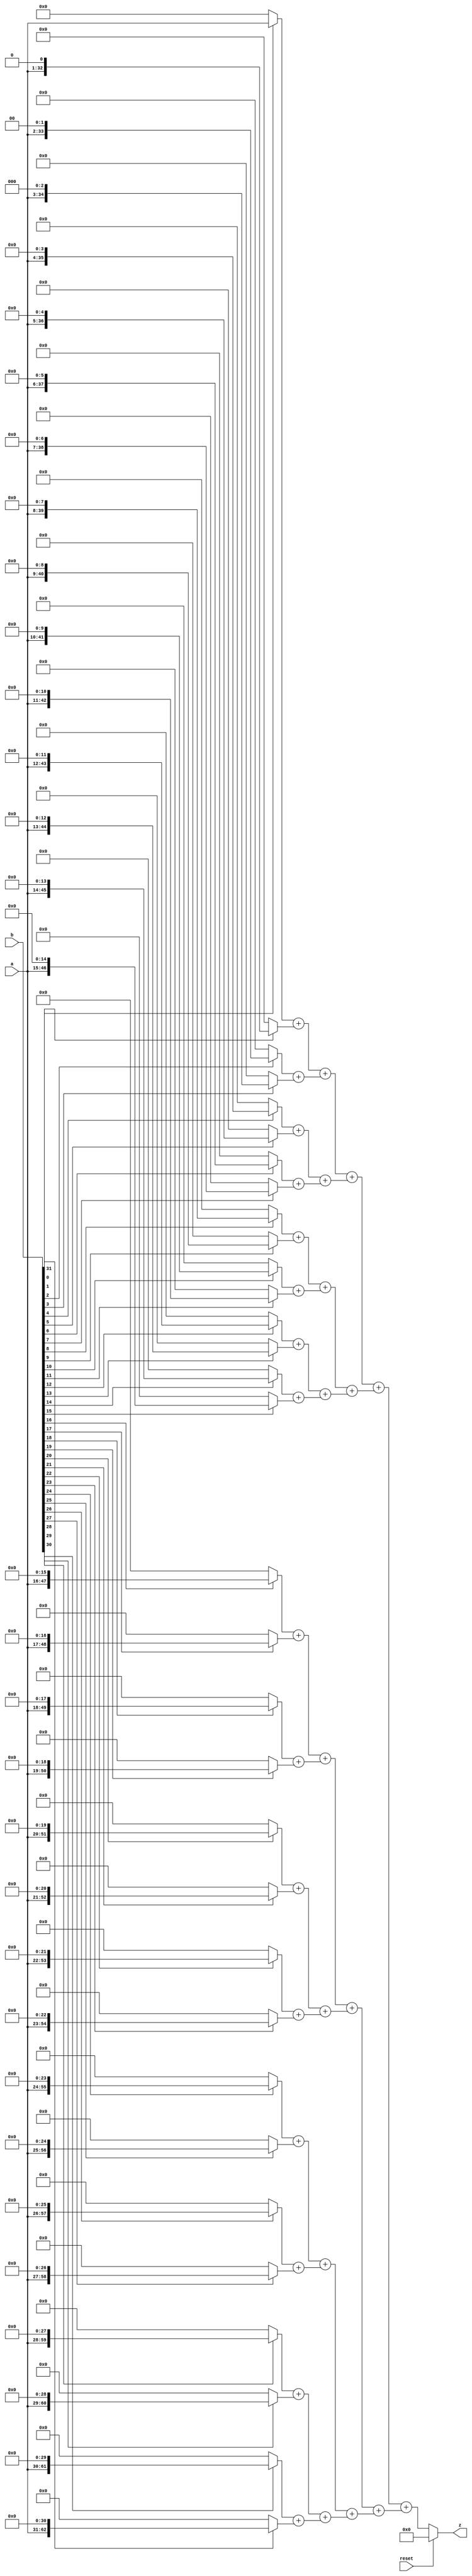
module multu(
    input reset,
    input [31:0] a,
    input [31:0] b,
    output [63:0] z
);
   wire [63:0] stored0;
   wire [63:0] stored1;
   wire [63:0] stored2;
   wire [63:0] stored3;
   wire [63:0] stored4;
   wire [63:0] stored5;
   wire [63:0] stored6;
   wire [63:0] stored7;
   wire [63:0] stored8;
   wire [63:0] stored9;
   wire [63:0] stored10;
   wire [63:0] stored11;
   wire [63:0] stored12;
   wire [63:0] stored13;
   wire [63:0] stored14;
   wire [63:0] stored15;
   wire [63:0] stored16;
   wire [63:0] stored17;
   wire [63:0] stored18;
   wire [63:0] stored19;
   wire [63:0] stored20;
   wire [63:0] stored21;
   wire [63:0] stored22;
   wire [63:0] stored23;
   wire [63:0] stored24;
   wire [63:0] stored25;
   wire [63:0] stored26;
   wire [63:0] stored27;
   wire [63:0] stored28;
   wire [63:0] stored29;
   wire [63:0] stored30;
   wire [63:0] stored31;
   wire [63:0] add0_1;
   wire [63:0] add2_3;
   wire [63:0] add4_5;
   wire [63:0] add6_7;
   wire [63:0] add8_9;
   wire [63:0] add10_11;
   wire [63:0] add12_13;
   wire [63:0] add14_15;
   wire [63:0] add16_17;
   wire [63:0] add18_19;
   wire [63:0] add20_21;
   wire [63:0] add22_23;
   wire [63:0] add24_25;
   wire [63:0] add26_27;
   wire [63:0] add28_29;
   wire [63:0] add30_31;
   wire [63:0] add0_3;
   wire [63:0] add4_7;
   wire [63:0] add8_11;
   wire [63:0] add12_15;
   wire [63:0] add16_19;
   wire [63:0] add20_23;
   wire [63:0] add24_27;
   wire [63:0] add28_31;
   wire [63:0] add0_7;
   wire [63:0] add8_15;
   wire [63:0] add16_23;
   wire [63:0] add24_31;
   wire [63:0] add0_15;
   wire [63:0] add16_31;
   assign stored0 = b[0]? {32'b0, a} : 32'b0;
   assign stored1 = b[1]? {31'b0, a, 1'b0} : 32'b0;
   assign stored2 = b[2]? {30'b0, a, 2'b0} : 32'b0;
   assign stored3 = b[3]? {29'b0, a, 3'b0} : 32'b0;
   assign stored4 = b[4]? {28'b0, a, 4'b0} : 32'b0;
   assign stored5 = b[5]? {27'b0, a, 5'b0} : 32'b0;
   assign stored6 = b[6]? {26'b0, a, 6'b0} : 32'b0;
   assign stored7 = b[7]? {25'b0, a, 7'b0} : 32'b0;
   assign stored8 = b[8]? {24'b0, a, 8'b0} : 32'b0;
   assign stored9 = b[9]? {23'b0, a, 9'b0} : 32'b0;
   assign stored10 = b[10]? {22'b0, a, 10'b0} : 32'b0;
   assign stored11 = b[11]? {21'b0, a, 11'b0} : 32'b0;
   assign stored12 = b[12]? {20'b0, a, 12'b0} : 32'b0;
   assign stored13 = b[13]? {19'b0, a, 13'b0} : 32'b0;
   assign stored14 = b[14]? {18'b0, a, 14'b0} : 32'b0;
   assign stored15 = b[15]? {17'b0, a, 15'b0} : 32'b0;
   assign stored16 = b[16]? {16'b0, a, 16'b0} : 32'b0;
   assign stored17 = b[17]? {15'b0, a, 17'b0} : 32'b0;
   assign stored18 = b[18]? {14'b0, a, 18'b0} : 32'b0;
   assign stored19 = b[19]? {13'b0, a, 19'b0} : 32'b0;
   assign stored20 = b[20]? {12'b0, a, 20'b0} : 32'b0;
   assign stored21 = b[21]? {11'b0, a, 21'b0} : 32'b0;
   assign stored22 = b[22]? {10'b0, a, 22'b0} : 32'b0;
   assign stored23 = b[23]? {9'b0, a, 23'b0} : 32'b0;
   assign stored24 = b[24]? {8'b0, a, 24'b0} : 32'b0;
   assign stored25 = b[25]? {7'b0, a, 25'b0} : 32'b0;
   assign stored26 = b[26]? {6'b0, a, 26'b0} : 32'b0;
   assign stored27 = b[27]? {5'b0, a, 27'b0} : 32'b0;
   assign stored28 = b[28]? {4'b0, a, 28'b0} : 32'b0;
   assign stored29 = b[29]? {3'b0, a, 29'b0} : 32'b0;
   assign stored30 = b[30]? {2'b0, a, 30'b0} : 32'b0;
   assign stored31 = b[31]? {1'b0, a, 31'b0} : 32'b0;
   assign add0_1 = stored0 + stored1;
   assign add2_3 = stored2 + stored3;
   assign add4_5 = stored4 + stored5;
   assign add6_7 = stored6 + stored7;
   assign add8_9 = stored8 + stored9;
   assign add10_11 = stored10 + stored11;
   assign add12_13 = stored12 + stored13;
   assign add14_15 = stored14 + stored15;
   assign add16_17 = stored16 + stored17;
   assign add18_19 = stored18 + stored19;
   assign add20_21 = stored20 + stored21;
   assign add22_23 = stored22 + stored23;
   assign add24_25 = stored24 + stored25;
   assign add26_27 = stored26 + stored27;
   assign add28_29 = stored28 + stored29;
   assign add30_31 = stored30 + stored31;
   assign add0_3 = add0_1 + add2_3;
   assign add4_7 = add4_5 + add6_7;
   assign add8_11 = add8_9 + add10_11;
   assign add12_15 = add12_13 + add14_15;
   assign add16_19 = add16_17 + add18_19;
   assign add20_23 = add20_21 + add22_23;
   assign add24_27 = add24_25 + add26_27;
   assign add28_31 = add28_29 + add30_31;
   assign add0_7 = add0_3 + add4_7;
   assign add8_15 = add8_11 + add12_15;
   assign add16_23 = add16_19 + add20_23;
   assign add24_31 = add24_27 + add28_31;
   assign add0_15 = add0_7 + add8_15;
   assign add16_31 = add16_23 + add24_31;
   assign z = reset? 0:add0_15 + add16_31;
endmodule